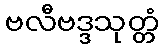
ဗလီဗဒ္ဒသုတ္တံ